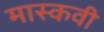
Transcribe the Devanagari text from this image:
मास्कवी